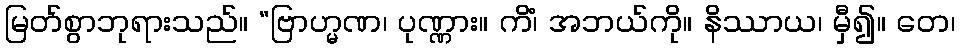
မြတ်စွာဘုရားသည်။ “ဗြာဟ္မဏ၊ ပုဏ္ဏား။ ကိံ၊ အဘယ်ကို။ နိဿာယ၊ မှီ၍။ တေ၊